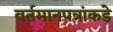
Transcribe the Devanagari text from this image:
वर्तमानपत्रांकडे